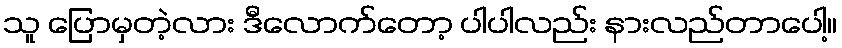
သူ ပြောမှတဲ့လား ဒီလောက်တော့ ပါပါလည်း နားလည်တာပေါ့။